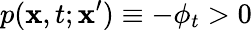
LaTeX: p(\mathbf{x},t;\mathbf{x}^{\prime})\equiv-\phi_{t}>0